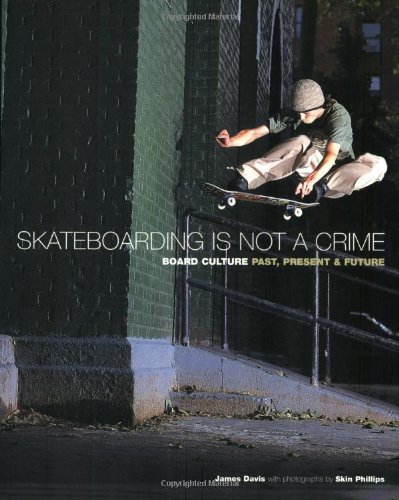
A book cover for Skateboarding is Not a Crime: 50 Years of Street Culture; James Davis; Sports & Outdoors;